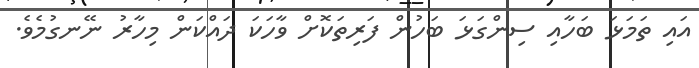
އައި ތަމަޅަ ބަހާއި ސިންގަޅަ ބަހުން ފަރިތަކޮށް ވާހަކަ ދައްކަން މިހާރު ނޭނގުމެވެ.